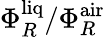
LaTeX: \Phi_{R}^{\mathrm{liq}}/\Phi_{R}^{\mathrm{air}}